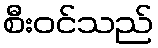
စီးဝင်သည်